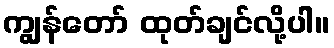
ကျွန်တော် ထုတ်ချင်လို့ပါ။